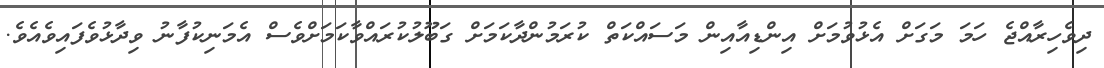
ދިވެހިރާއްޖެ ހަމަ މަގަށް އެޅުވުމަށް އިންޑިއާއިން މަސައްކަތް ކުރަމުންދާކަމަށް ގަބޫލުކުރައްވާކަމަށްވެސް އެމަނިކުފާނު ވިދާޅުވެފައިވެއެވެ.